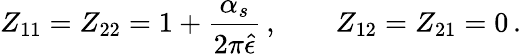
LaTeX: Z_{11}=Z_{22}=1+{\frac{\alpha_{s}}{2\pi\hat{\epsilon}}}\, ,\qquad Z_{12}=Z_{21}=0\, .